[Report on the health of British troops in the Madras command]
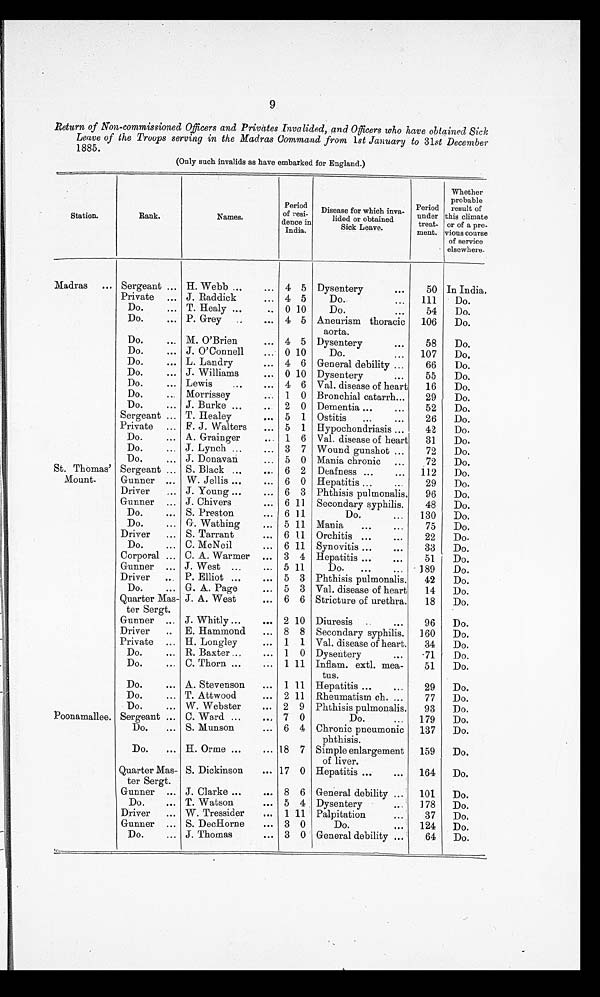
9
Return of Non-commissioned Officers and Privates Invalided, and Officer who have obtained Sick
Leave of the Troops serving in the Madras Command from 1st January to 31st December
1885.
(Only such invalids as have embarked for England.)
Station.
Rank.
Names.
Period
of resi-
dence in
India.
Disease for which inva-
lided or obtained
Sick Leave.
Period
under
treat-
ment.
Whether
probable
result of
this climate
or of a pre-
vious course
of service
elsewhere.
Madras
... Sergeant ... H. Webb ...
... 4 5 Dysentery
...
50 In India.
Private ... J. Raddick
... 4 5
Do.
...
111
Do.
Do.
... T. Healy ...
.. 0 10
Do.
...
54
Do.
Do.
... P. Grey ... . . . 4 5 Aneurism thoracic
aorta.
106
Do.
Do.
... M. O'Brien
... 4 5 Dysentery
...
58
Do.
Do.
.... J. O'Connell
... 0 10
Do.
...
107
Do.
Do.
... L. Landry
... 4 6 General debility ...
66
Do.
Do.
... J. Williams
... 0 10 Dysentery
...
55
Do.
Do.
... Lewis
...
... 4 6 Val. disease of heart
16
Do.
D o . . . .
Morrissey
... 1 0 Bronchial catarrh...
29
Do.
Do.
... J. Burke ...
..
2 0 Dementia ...
...
52
Do.
Sergeant ... T. Healey
... 5 1 Ostitis
...
...
26
Do.
Private ... F. J. Walters
... 5 1 Hypochondriasis ...
42
Do.
Do.
... A. Grainger
1 6 Val. disease of heart
31
Do.
Do.
... J. Lynch ...
... 3 7 Wound gunshot ...
72
Do.
Do.
... J. Donavan
... 5 0 Mania chronic ...
72
Do.
St. Thomas'
Mount.
Sergeant ... S. Black ...
... 6 2 Deafness ...
...
112
Do.
Gunner ... W. Jellis ...
... 6 0 Hepatitis ...
...
29
Do,
Driver
. . . J. Young ...
... 6 3 Phthisis pulmonalis.
96
Do.
Gunner ... J. Chivers
... 6 11 Secondary syphilis.
48
Do.
Do.
... S. Preston
... 6 11
Do.
...
130
Do.
Do.
... G. Wathing
... 5 11 Mania
...
...
75
Do.
Driver
... S. Tarrant
... 6 11 Orchitis ...
...
22
Do.
Do.
... C. McNeil
... 6 11 Synovitis ...
...
33
Do.
Corporal ... C. A. Warmer ... 3 4 Hepatitis ...
...
51
Do.
Gunner ... J. West ...
... 5 11
Do.
...
...
189
Do.
Driver
.. P. Elliot ...
... 5 3 Phthisis pulmonalis.
42
Do.
Do.
... G. A. Page
... 5 3 Val. disease of heart
14
Do.
Quarter Mas-
ter Sergt.
J. A. West
... 6 6 Stricture of urethra.
18
Do.
Gunner ... J. Whitly ...
. . . 2 10 Diuresis ... ...
96
Do.
Driver
.. E. Hammond
... 8 8 Secondary syphilis.
160
Do.
Private ... H. Longley
... 1 1 Val. disease of heart,
34
Do.
Do.
... R. Baxter ...
... 1 0 Dysentery
...
71
Do.
Do.
... C. Thorn ...
... 1 1 1 Inflam. extl. mea-
tus.
51
Do.
Do.
... A. Stevenson
... 1 11 Hepatitis ...
...
29
Do.
Do.
... T. Attwood
... 2 11 Rheumatism ch. ...
77
Do.
Do.
... W. Webster
... 2 9 Phthisis pulmonalis.
93
Do.
Poonamallee. Sergeant ... C. Ward ...
... 7 0
Do.
...
179
Do.
Do.
... S. Munson
... 6 4 Chronic
pneumonic
phthisis.
137
Do.
Do.
... H. Orme ...
... 18 7 Simple enlargement
of liver.
159
Do.
Quarter Mas-
ter Sergt.
S. Dickinson
... 17 0 Hepatitis ...
...
164
Do.
Gunner ... J. Clarke ...
... 8 6 General debility ...
101
Do.
Do.
... T. Watson
... 5 4 Dysentery
...
178
Do.
Driver
... W. Tressider
... 1 11 Palpitation
...
37
D o .
Gunner ... S. DecHorne
... 3 0
Do.
...
124
Do.
Do.
... J. Thomas
... 3 0 General debility ...
64
Do.